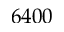
6 4 0 0